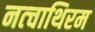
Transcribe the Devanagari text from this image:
नत्चाथिरम